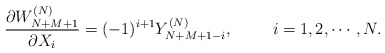
\begin{align*}{\partial W_{N+M+1}^{(N)} \over \partial X_i}=(-1)^{i+1}Y^{(N)}_{N+M+1-i}, \hskip10mm i=1,2,\cdots,N.\end{align*}